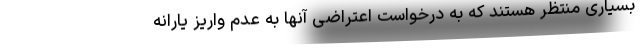
بسیاری منتظر هستند که به درخواست اعتراضی آنها به عدم واریز یارانه